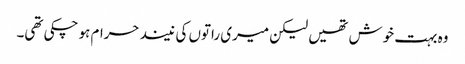
وہ بہت خوش تھیں لیکن میری راتوں کی نیند حرام ہو چکی تھی۔